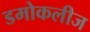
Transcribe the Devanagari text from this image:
डमोकलीज